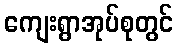
ကျေးရွာအုပ်စုတွင်